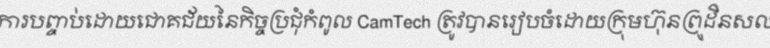
ការបញ្ចប់ដោយជោគជ័យនៃកិច្ចប្រជុំកំពូល CamTech ត្រូវបានរៀបចំដោយក្រុមហ៊ុនព្រូដិនសល